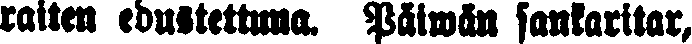
raiten edustettuna. Päiwän sankaritar,